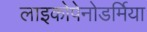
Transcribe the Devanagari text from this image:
लाइकोपेनोडर्मिया